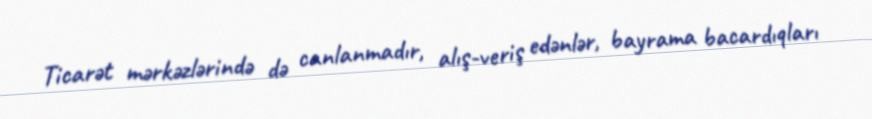
Ticarət mərkəzlərində də canlanmadır, alış-veriş edənlər, bayrama bacardıqları